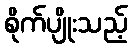
စိုက်ပျိုးသည့်